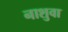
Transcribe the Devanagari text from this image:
नाशुवा